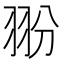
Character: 翂